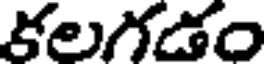
కలగడం